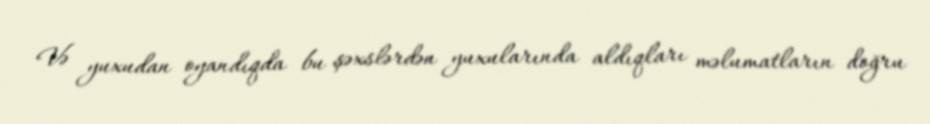
Və yuxudan oyandıqda bu şəxslərdən yuxularında aldıqları məlumatların doğru